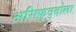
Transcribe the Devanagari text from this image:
असिफुद्दोला